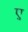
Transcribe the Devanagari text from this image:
ए़